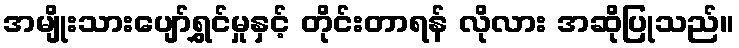
အမျိုးသားပျော်ရွှင်မှုနှင့် တိုင်းတာရန် လိုလား အဆိုပြုသည်။